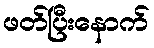
ဖတ်ပြီးနောက်